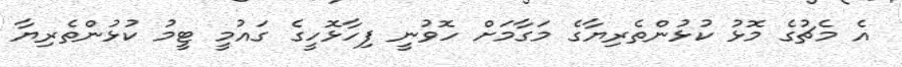
އެ މެޗުގެ މޮޅު ކުޅުންތެރިޔާގެ މަގާމަށް ހޮވުނީ ފިހާޅޮހީގެ ގައުމީ ޓީމު ކުޅުންތެރިޔާ